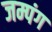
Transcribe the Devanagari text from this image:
जम्पंग